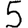
Digit: 5